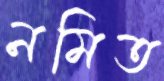
নমিত